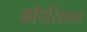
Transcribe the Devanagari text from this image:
कॉर्पोरेशन्‍स